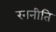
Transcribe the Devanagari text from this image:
रननीति